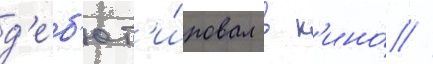
д'еб'ют'и́ровал в к'ино́ //